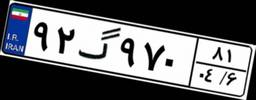
۴۱گ۷۴۶۸۹